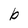
Character: b